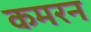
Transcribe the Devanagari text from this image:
कमरन